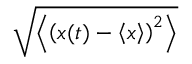
\sqrt { \left\langle \left( \boldsymbol { x } ( t ) - \left\langle \boldsymbol { x } \right\rangle \right) ^ { 2 } \right\rangle }